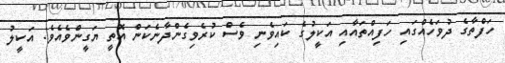
ހަފްތާގެ ދުވަހެއްގައި ހަފިއްތައާއި އަކީލުގެ ކައިވެނި ވެސް ކުރެވިގެންދާނެކަން އޮތީ ޔަގީންވެއެވެ. އަކީލު